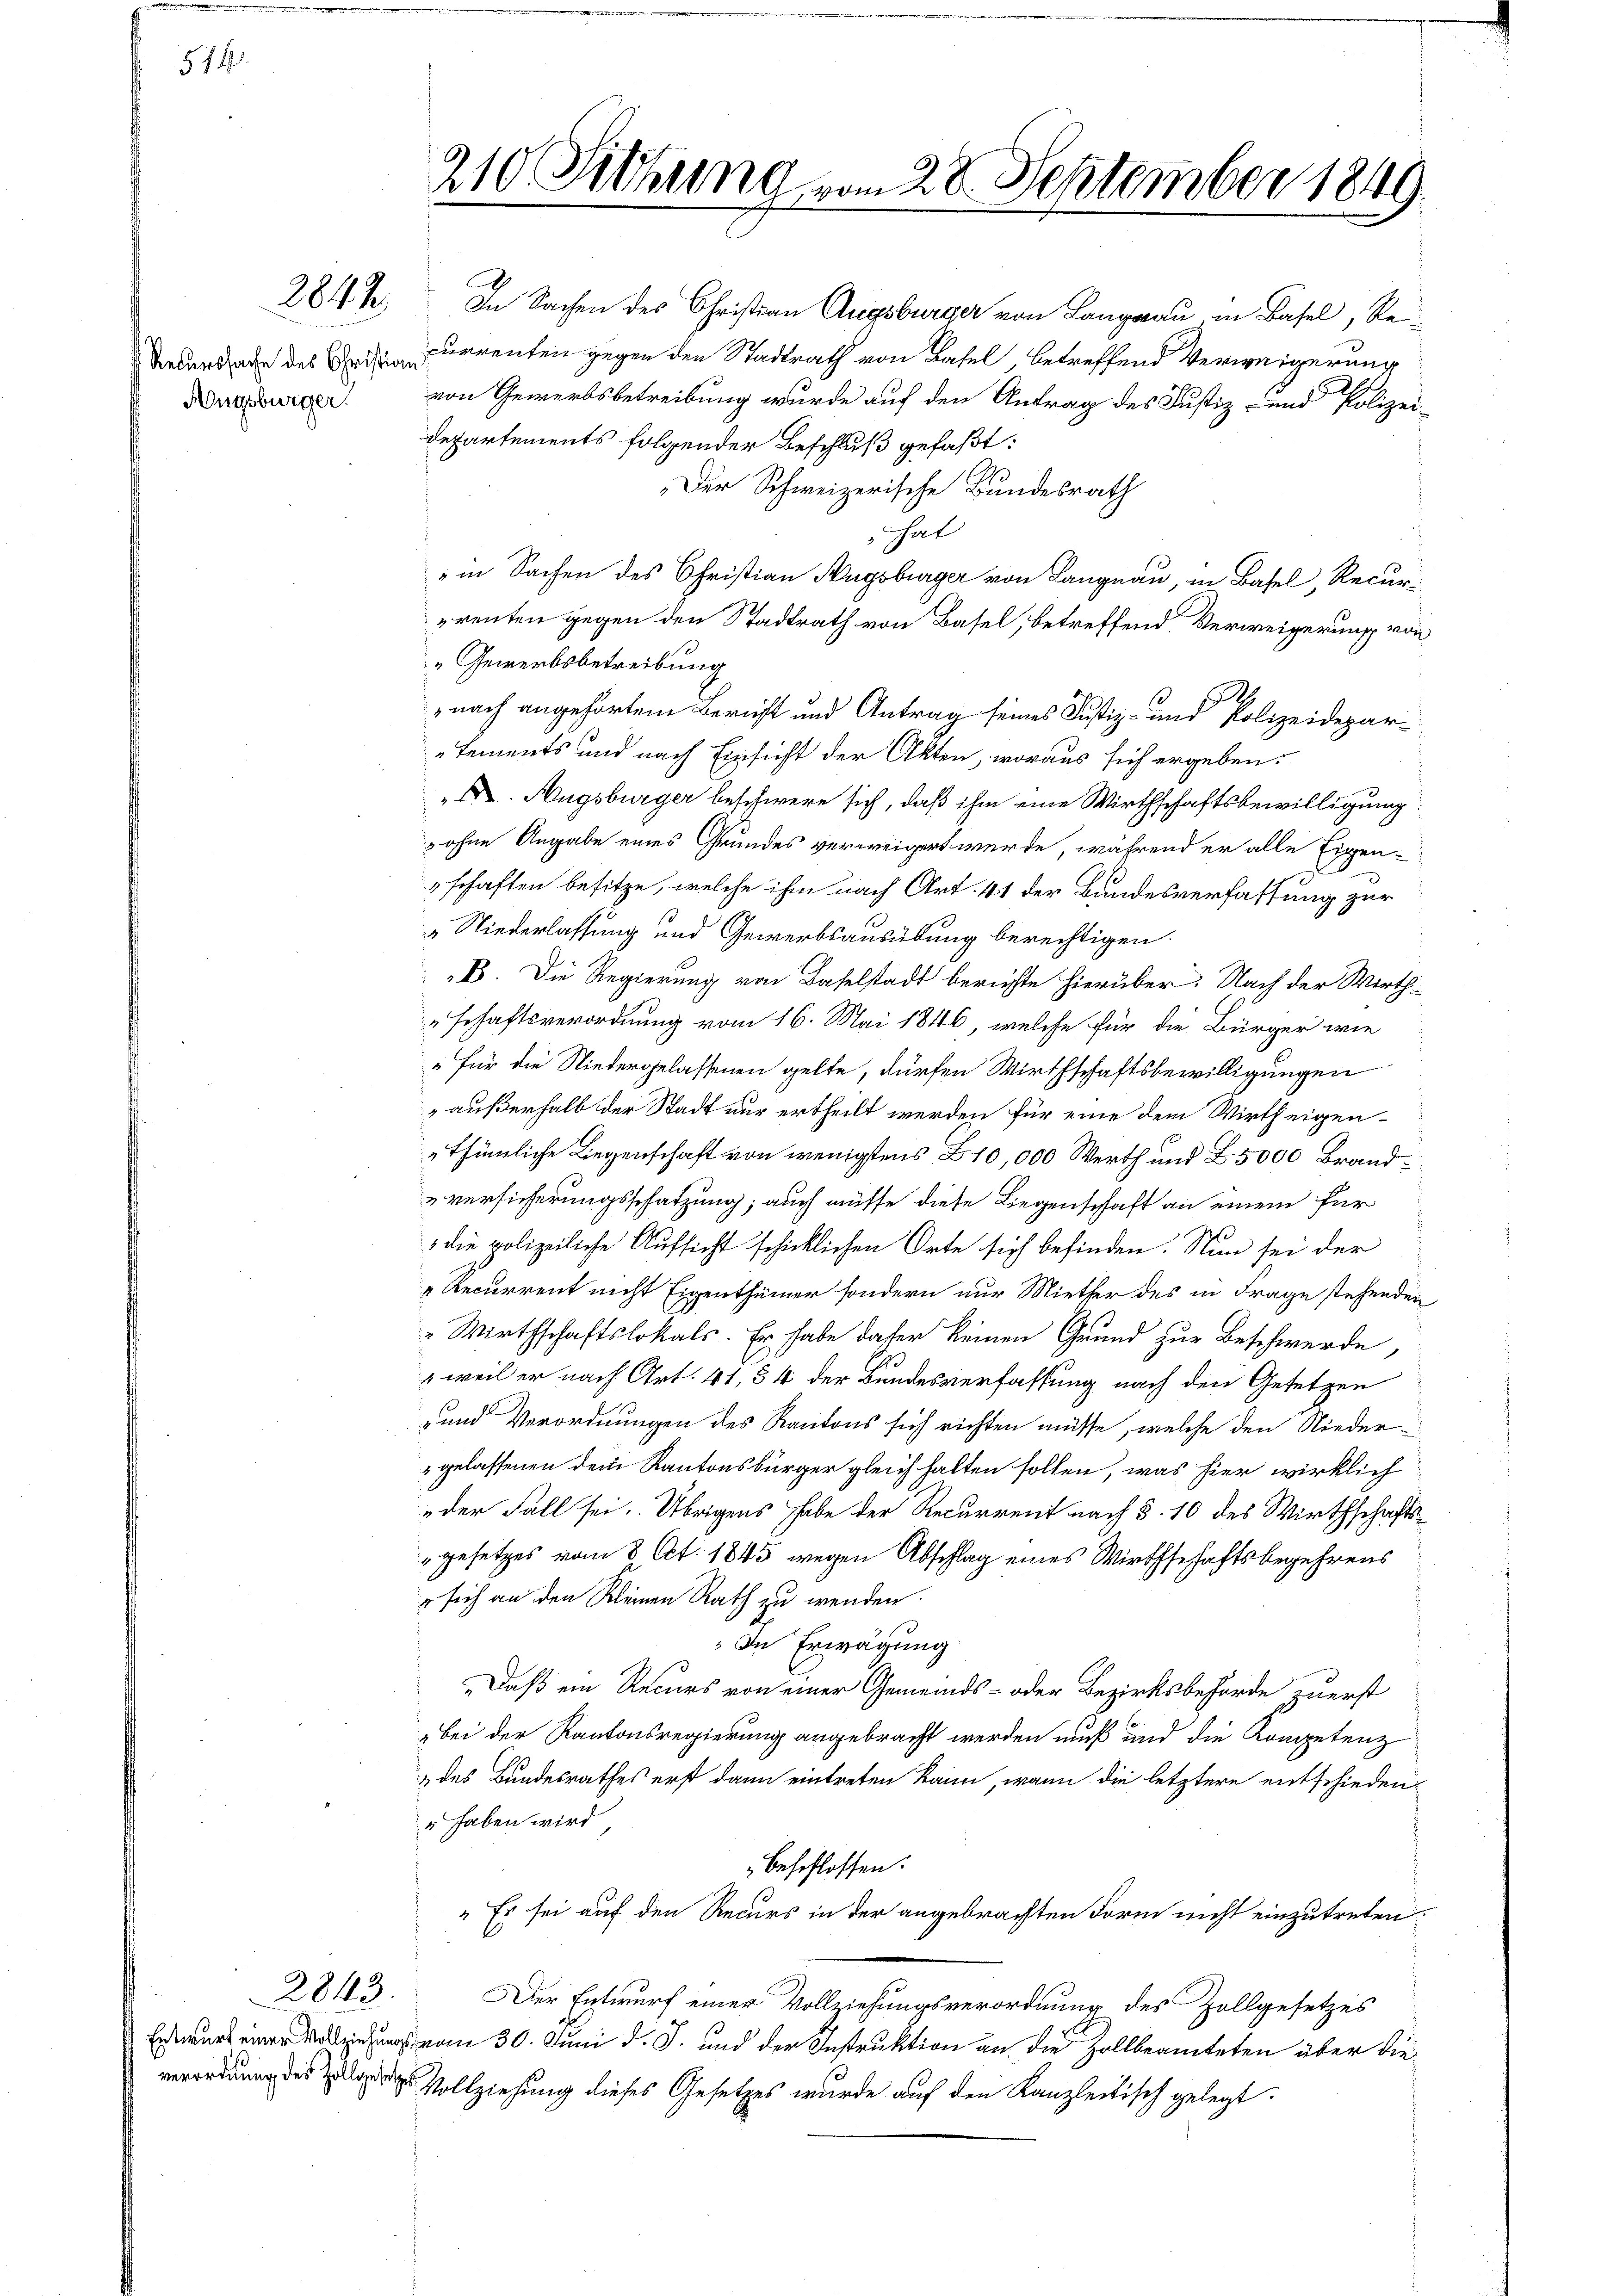
§ 14

2842

A
In Sachen des Christian Augsburger von Langau in Basel, Re¬
Beundlage des Currenten gegen den Stadtrath von Basel, betreffend Verweigerung
Aarburger von Gewerbsbetreibung wurde auf den Antrag des Justiz- und Polizei¬
Departements folgender Beschluß gefaßt:
Der Schweizerische Bundesrath
hat
" in Sachen des Christian Hugsburger von Langnau, in Basel, Recurrenten gegen den Stadtrath von Basel, betreffend Verweigerung von
"Gewerbsbetreibung

nach angehörten Bericht und Antrag seines Justiz- und Polizeidepar-
tements und nach Einsicht der Akten, woraus sich ergeben:
. Augsburger beschwere sich, daß ihm eine Wirthschaftsbewilligung
z ohne Angabe eines Grundes verweigert werde, während er alle Eigen-
schaften besitze, welche ihm nach Art. 41 der Bandesverfassung zur
„Niederlassung und Gewerbsausübung berechtigen.
B. Die Regierung von Baselstadt berichte hierüber. Nach der Wirth¬
"schaftsverordnung vom 16. Mai 1846, welche für die Bürger wie
„Für die Niedergelassenen gelte, dürfen Wirthschaftsbewilligungen
außerhalb der Stadt nur ertheilt werden für eine dem Wirtheigenthümliche Liegenschaft von wenigstens 10,000 Werth und Z. 5000 Brand
versicherungsschatzung; auch müsse diese Liegenschaft an einem für
die polizeiliche Aufsicht schicklichen Orte sich befinden. Nun sei der
"Recurrent nicht Eigenthümer sondern nur Miether des in Frage stehenden
"Wirthschaftslokals. Er habe daher keinen Grund zur Beschwerde,
weil er nach Art. 41, § 4 der Bundesverfassung nach den Gesetzen
-und Verordnungen des Kantons sich richten müsse, welche den Nieder-
gelassenen dem Kantonsbürger gleich halten sollen, was hier wirklich
der Fall sei. Übrigens habe der Recurrent nach §. 10 des Wirthschafts¬
"gesetzes vom 8 Act. 1845 wegen Abschlag eines Wirthschaftsbegehrens
sich an den Kleinen Rath zu wenden.
In Erwägung
Daß ein Recurs von einer Gemeinds- oder Bezirksbehörde zuerst
Bei der Kantonsregierung angebracht werden muß und die Kompetenz
& des Bundesrathes erst dann eintreten kann, wann die letztere entschieden
" haben wird,
beschlossen:
" Es sei auf den Recurs in der angebrachten Form nicht einzutreten.
Der Entwurf einer Vollziehungsverordnung des Zollgesetzes
 vom 30. Juni d. J. und der Instruktion an die Zollbeamteten über die
verordnung des Zulagen Vollziehung dieses Gesetzes wurde auf den Kanzleitisch gelegt:

2843.

210. Siebung vom 28. September 1849